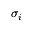
\sigma _ { i }